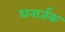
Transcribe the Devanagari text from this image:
धनार्जक